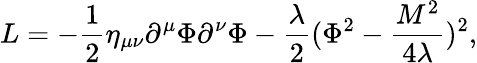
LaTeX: L=-\frac{1}{2}\eta_{\mu\nu}\partial^{\mu}\Phi\partial^{\nu}\Phi-\frac{\lambda}{2}(\Phi^{2}-\frac{M^{2}}{4\lambda})^{2},